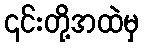
၎င်းတို့အထဲမှ